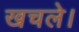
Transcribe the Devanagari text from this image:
खचले।